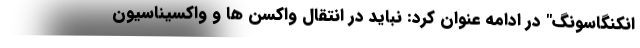
انکنگاسونگ" در ادامه عنوان کرد: نباید در انتقال واکسن ها و واکسیناسیون